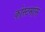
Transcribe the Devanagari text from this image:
कोस्टमांस